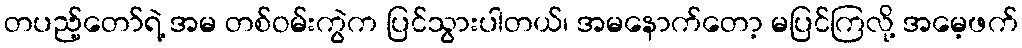
တပည့်တော်ရဲ့ အမ တစ်ဝမ်းကွဲက ပြင်သွားပါတယ်၊ အမနောက်တော့ မပြင်ကြလို့ အမေ့ဖက်